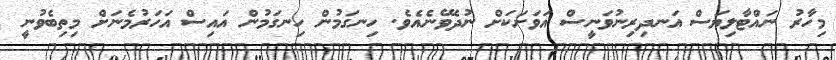
މިހާރު ނައްޓާލިޔަސް އަނދިރިނުވަނީސް އަވަށަކަށް ނުދެވޭނެއެވެ. ހިނގަމުން ހިނގަމުން އައިސް އަހަރުމެނަށް މިތިބެވުނީ